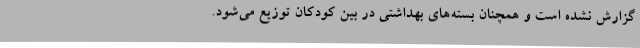
گزارش نشده ‌است و همچنان بسته‌های بهداشتی در بین کودکان توزیع می‌شود.